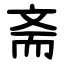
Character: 斋